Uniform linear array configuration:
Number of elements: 4
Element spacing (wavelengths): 0.25
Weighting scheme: exponential
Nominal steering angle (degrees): -60
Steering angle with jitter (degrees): -58.987
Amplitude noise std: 0.05
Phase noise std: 0.05

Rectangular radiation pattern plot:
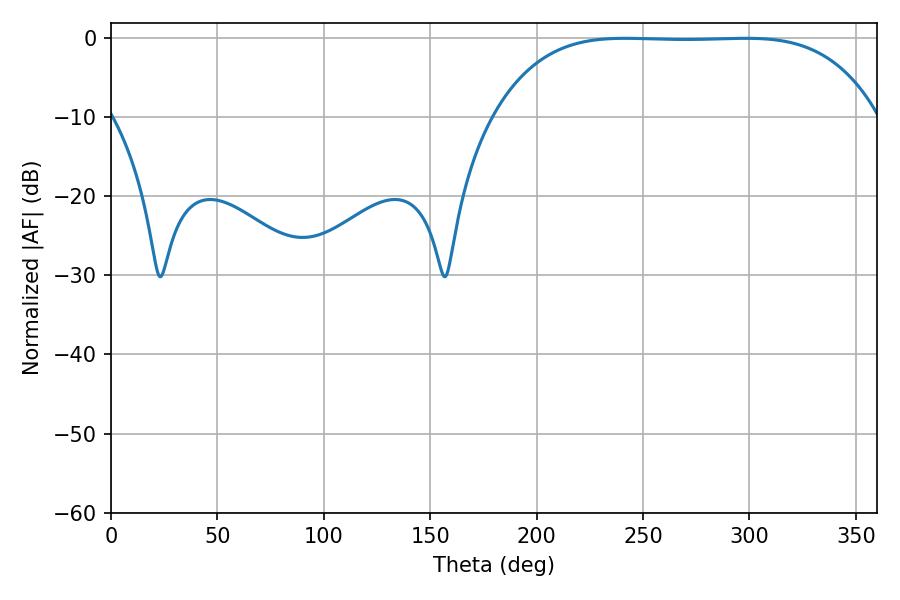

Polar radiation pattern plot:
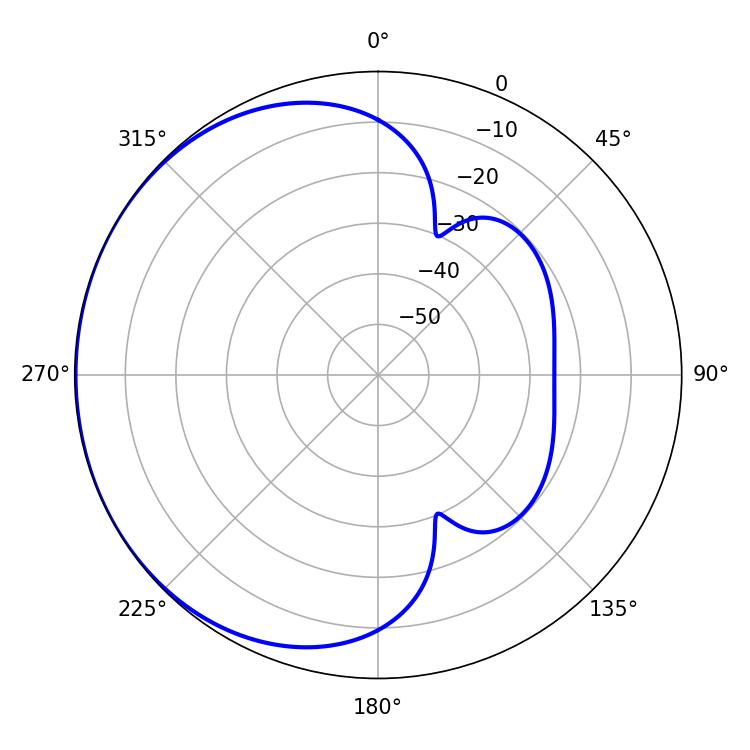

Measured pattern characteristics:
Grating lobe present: FALSE
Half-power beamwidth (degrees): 138.6
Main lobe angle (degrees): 241.56